Scottish Leaving Certificate Examination, 1959
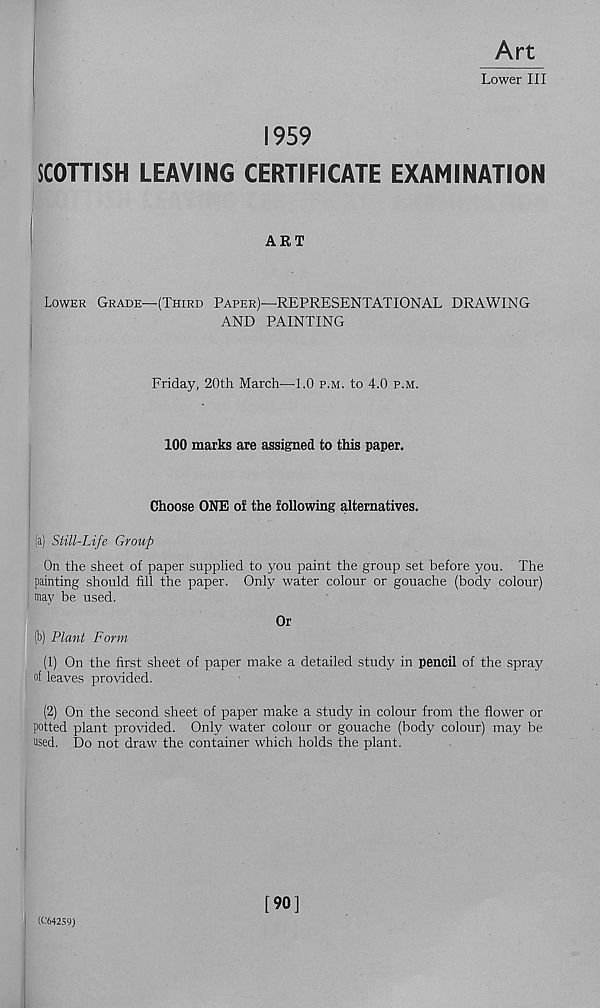
Art
Lower III
1959
SCOHISH LEAVING CERTIFICATE EXAMINATION
Lower Grade-—(Third Paper)—REPRESENTATIONAL DRAWING
AND PAINTING
Friday, 20th March—1.0 p.m. to 4.0 p.m.
100 marks are assigned to this paper.
Choose ONE of the following alternatives.
la) Still-Life Group
On the sheet of paper supplied to you paint the group set before you. The
painting should fill the paper. Only water colour or gouache (body colour)
may be used.
Or
(b) Plant Form
(1) On the first sheet of paper make a detailed study in pencil of the spray
of leaves provided.
(2) On the second sheet of paper make a study in colour from the flower or
potted plant provided. Only water colour or gouache (body colour) may be
used. Do not draw the container which holds the plant.
(064259)
[90]